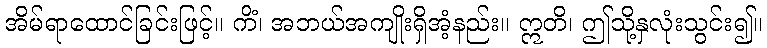
အိမ်ရာထောင်ခြင်းဖြင့်။ ကိံ၊ အဘယ်အကျိုးရှိအံ့နည်း။ ဣတိ၊ ဤသို့နှလုံးသွင်း၍။